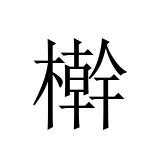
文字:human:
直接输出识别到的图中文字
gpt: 檊